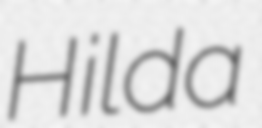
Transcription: Hilda